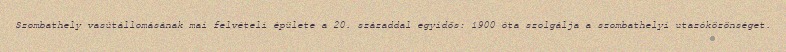
Szombathely vasútállomásának mai felvételi épülete a 20. századdal egyidős: 1900 óta szolgálja a szombathelyi utazóközönséget.